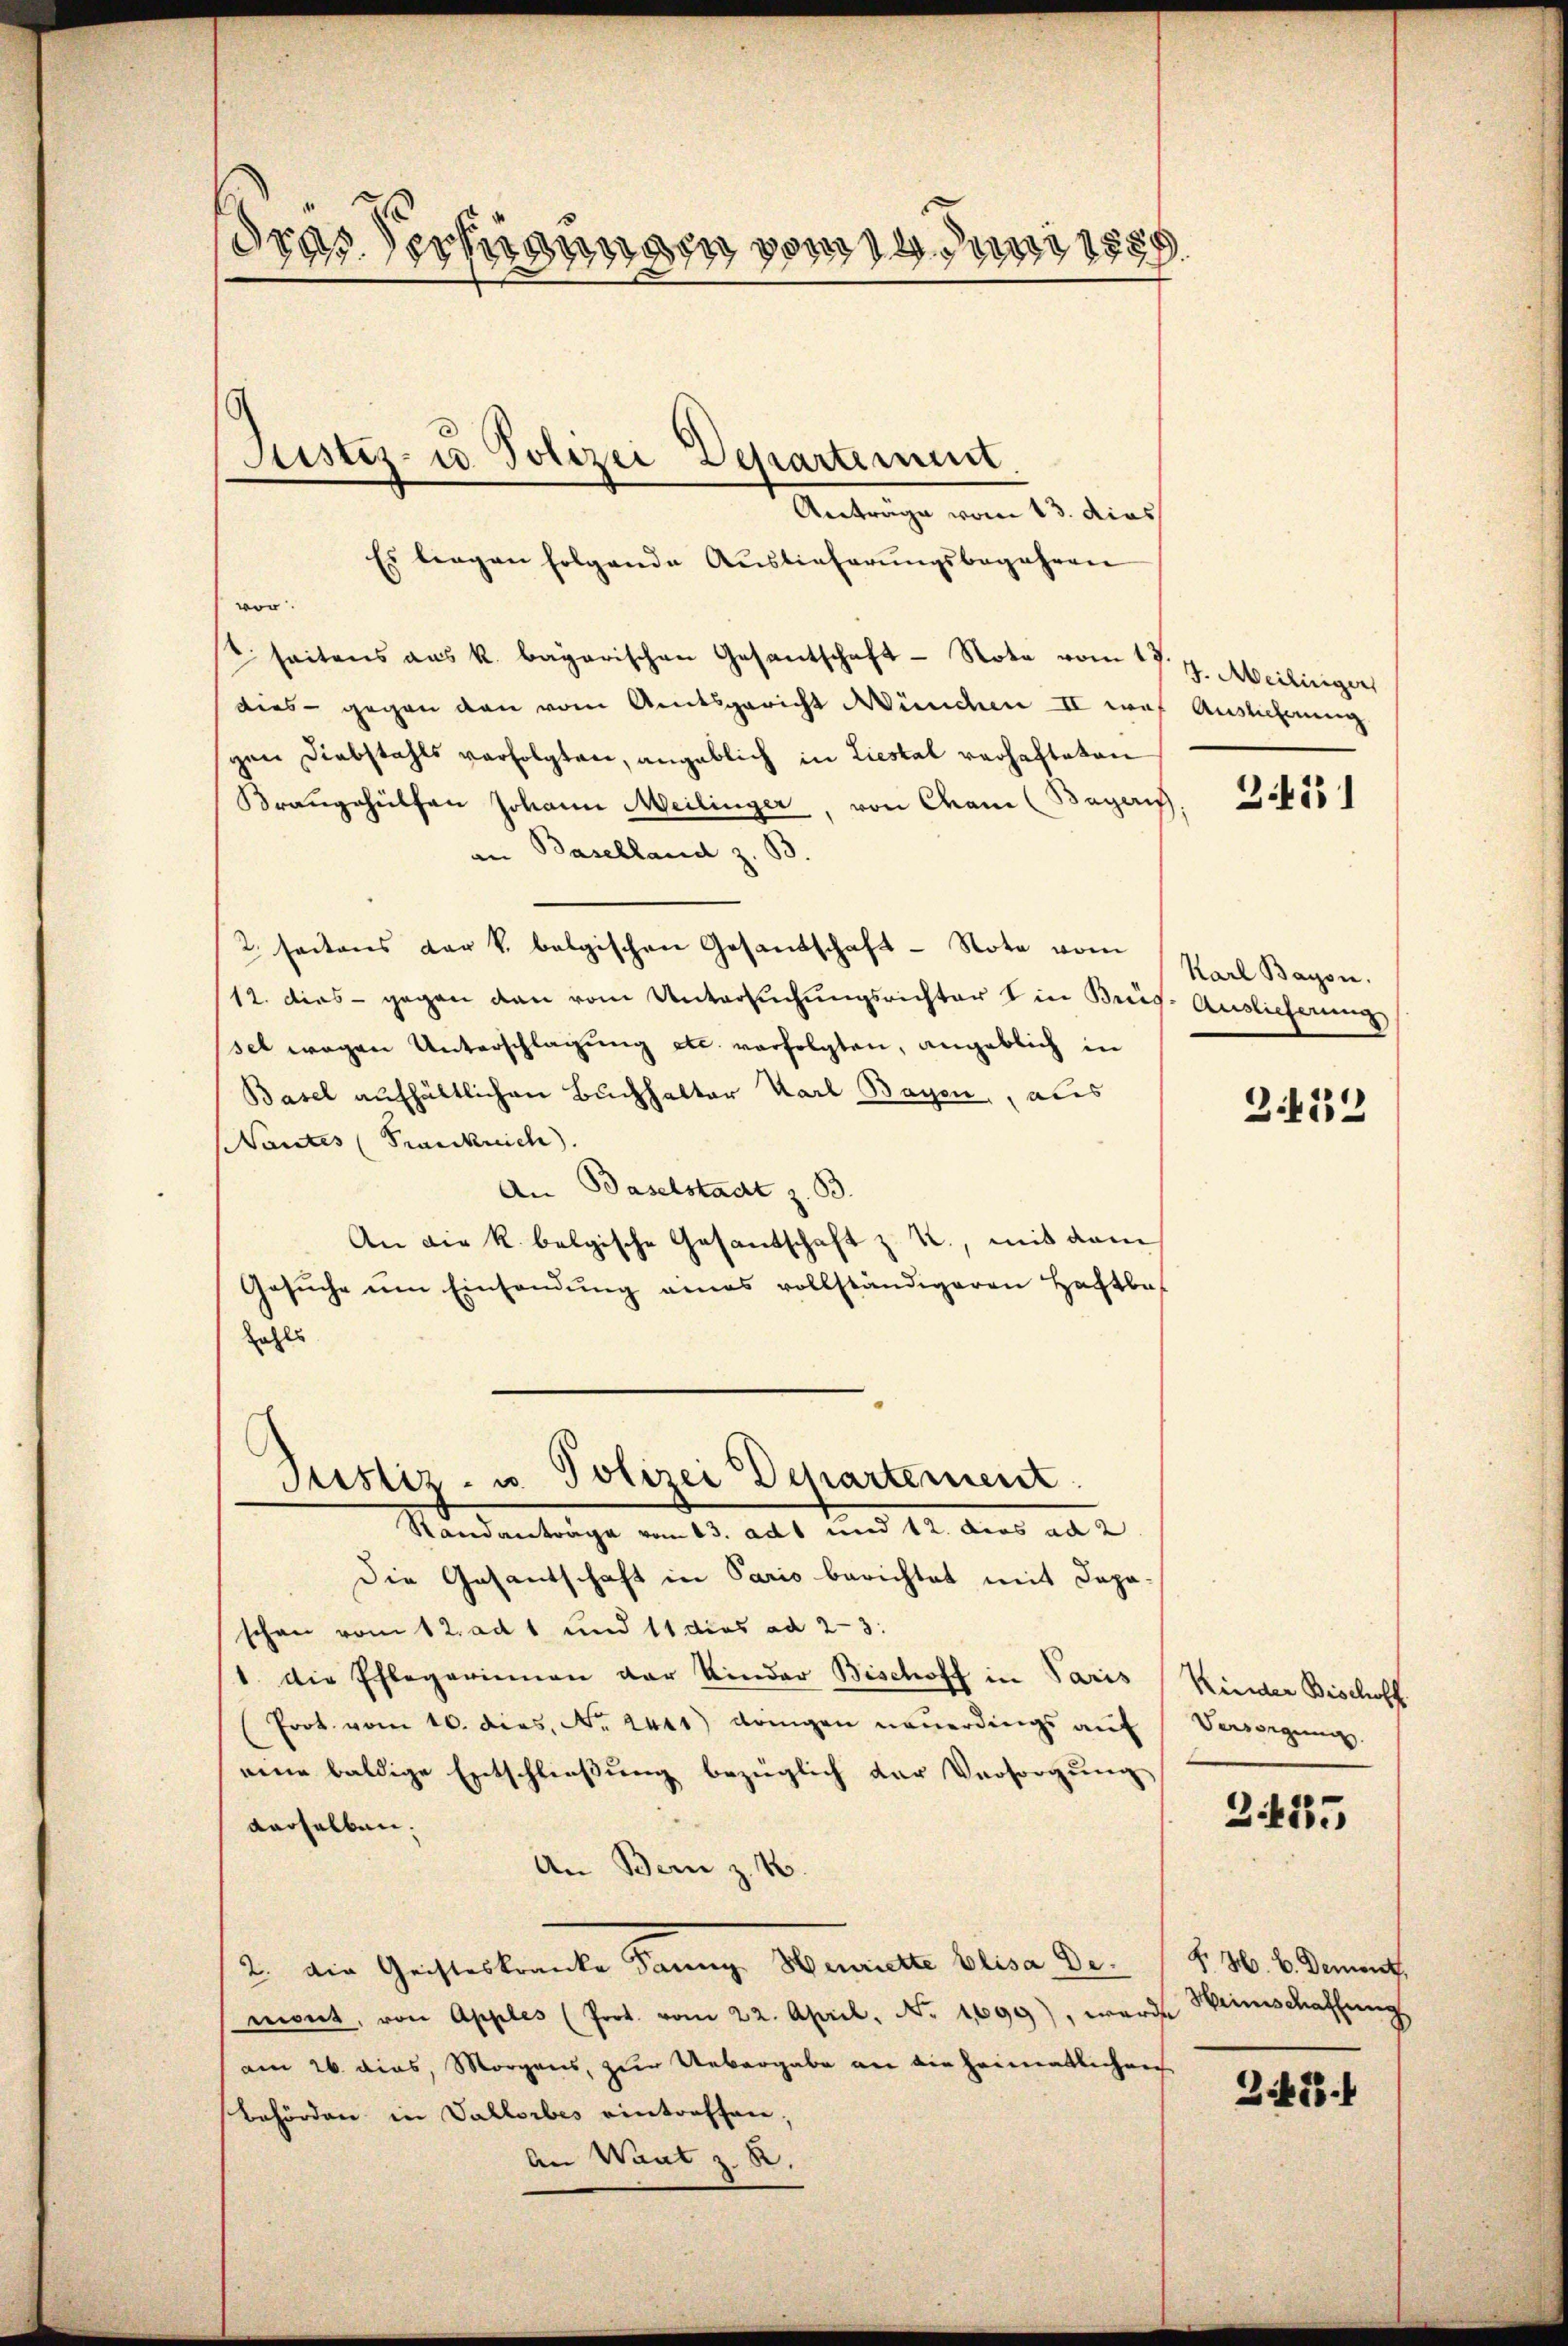
dras Technungen von den
.

Anträge vom 13. dies
Es liegen folgende Auslieferŭngsbegehren
vor.
seitens aus k. bagarischen Gesantschaft - Note vom 17. J. Meilinger
dies - gegen den vom Amtsgericht München II was
gen Diebstahls verfolgten, angeblich in Liestal verhafteten
Brangehülfen Johann Meilinger, von Crane (Bagei
an Baselland z. B.
2 seitens der k. belgischen Gesandschaft - Nota vom
12. dies - gegen den vom Untersŭchŭngsrichter die Brief. Auslieferung
set wegen Unterschlagung etc. verfolgten, angeblich in
Basel aufhältlichen Buchhalter Karl Bayen, als
Nantes (Frankreich.
An Baselstadt z. B.
An die k. belgische Gesandschaft z. R., mit dem
Gesŭche ŭm Einsandŭng eines vollständigeren Haftba
Zahls
Justiz- u. Polizei Departement.
Standanträge am 13. Als und 12. Anna an e
Die Gesantschaft in Paris berichtet mit Deposchon vom 12. ad 1 und 11 dies ad 2—3:
1. Die Pflegerinnen der Kinder Bischoff in Paris
(Prot. vom 10. dies. No. 2441) dringen neuerdings auf
nene baldige Entschließung bezüglich der Versorgung
derselben.
An Bern z. B.
2. Die Geisteskranke Banng Henritte blica Demont, von Apples (Prot. vom 22. April. N. 1699), werde Weinschaffung
am 26. dies, Morgens, zur Uebergabe an die Heimatlichen
Behörden in Vallorbes eintreffen,
An Want z. R.

Justiz- u. Polizei Departement

Auslieferung

3.451

Karl Bayon.

3.422

Kinder Bischoff
Versorgung.

2455

S. H. V. Dement

245.